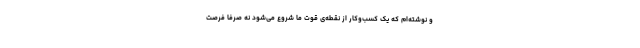
و نوشته‌ام که یک کسب‌وکار از نقطه‌ی قوت ما شروع می‌شود نه صرفا فرصت